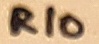
Text: R10